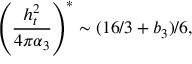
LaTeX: \left( \frac { h _ { t } ^ { 2 } } { 4 \pi \alpha _ { 3 } } \right) ^ { * } \sim ( 1 6 / 3 + b _ { 3 } ) / 6 ,